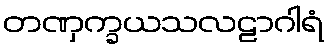
တဏှက္ခယသလဠာဂါရံ